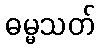
ဓမ္မသတ်